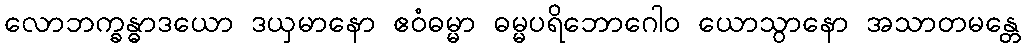
လောဘက္ခန္ဓာဒယော ဒယှမာနော ဧဝံဓမ္မာ ဓမ္မပရိဘောဂေါဝ ယောသွာနော အသာတမန္တေ